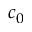
c _ { 0 }